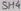
Text: SH4